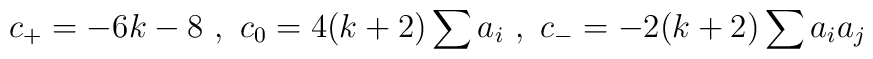
c_+ = -6k - 8 \ ,\ c_0 = 4(k + 2)\sum a_i  \ ,\ c_- = -2(k + 2)\sum a_i a_j